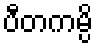
ပီတကမ္ပိ